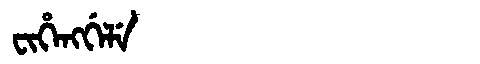
Manchu: ᠸᡳᡥᡝᠩᡤᡝᠯᡝ
Romanization: FIHENGGELE